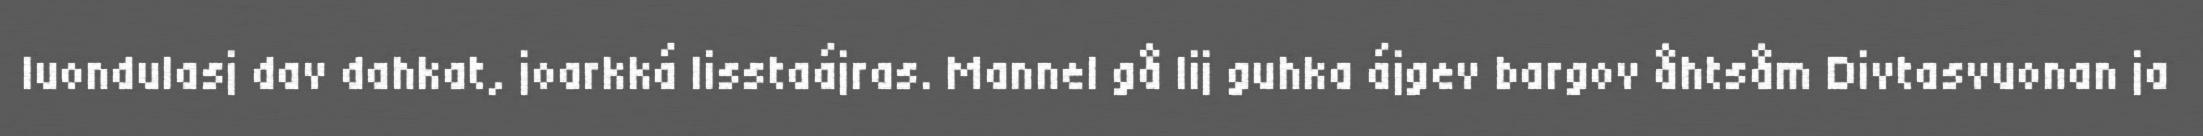
luondulasj dav dahkat, joarkká lisstaájras. Mannel gå lij guhka ájgev bargov åhtsåm Divtasvuonan ja